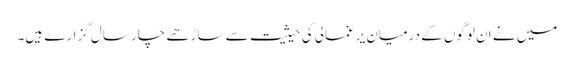
میں نے ان لوگوں کے درمیان یرغمالی کی حیثیت سے ساڑھے چار سال گزارے ہیں۔